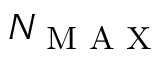
N _ { \textrm { M A X } }